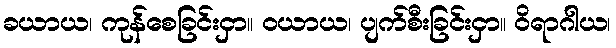
ခယာယ၊ ကုန်စေခြင်းငှာ။ ဝယာယ၊ ပျက်စီးခြင်းငှာ။ ဝိရာဂါယ၊